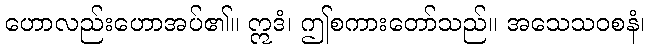
ဟောလည်းဟောအပ်၏။ ဣဒံ၊ ဤစကားတော်သည်။ အသေသဝစနံ၊